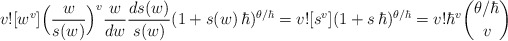
\begin{align*}v![w^v]\Bigl(\frac{w}{s(w)}\Bigr)^v\frac{w}{dw}\frac{ds(w)}{s(w)}(1+s(w)\,\hbar)^{\theta/\hbar}=v![s^v](1+s\,\hbar)^{\theta/\hbar}=v!\hbar^v\binom{\theta/\hbar}{v}\end{align*}